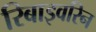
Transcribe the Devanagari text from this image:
रिबाइवरिन